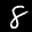
Label: 8